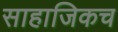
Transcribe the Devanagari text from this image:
साहाजिकच